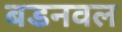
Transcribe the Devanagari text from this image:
बडनवल